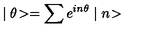
\mid \theta \! > = \sum e ^ { i n \theta } \mid n \! >